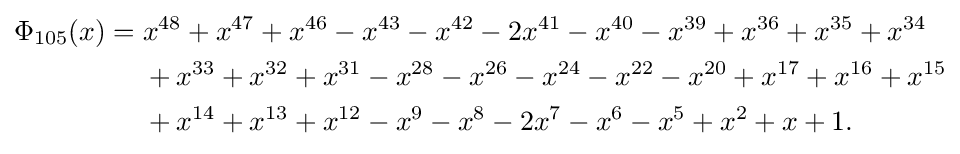
{\begin{aligned}\Phi _{105}(x)={}&x^{48}+x^{47}+x^{46}-x^{43}-x^{42}-2x^{41}-x^{40}-x^{39}+x^{36}+x^{35}+x^{34}\\&{}+x^{33}+x^{32}+x^{31}-x^{28}-x^{26}-x^{24}-x^{22}-x^{20}+x^{17}+x^{16}+x^{15}\\&{}+x^{14}+x^{13}+x^{12}-x^{9}-x^{8}-2x^{7}-x^{6}-x^{5}+x^{2}+x+1.\end{aligned}}